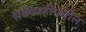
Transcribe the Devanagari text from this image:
सर्वकाहीमधील